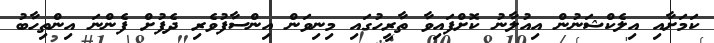
ކަމަށާއި އިލެކްޝަނުން އިއުލާނު ކޮށްފައިވާ ތާރީހުގައި މިނިވަން އިންސާފުވެރި ދެފުށް ފެންނަ އިންތިހާބު